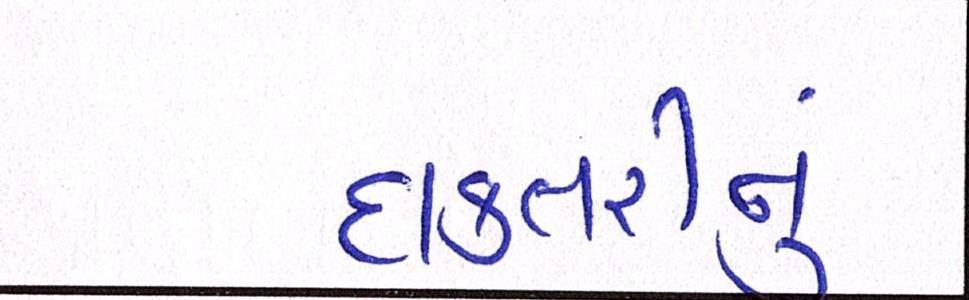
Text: દાક્તરીનું